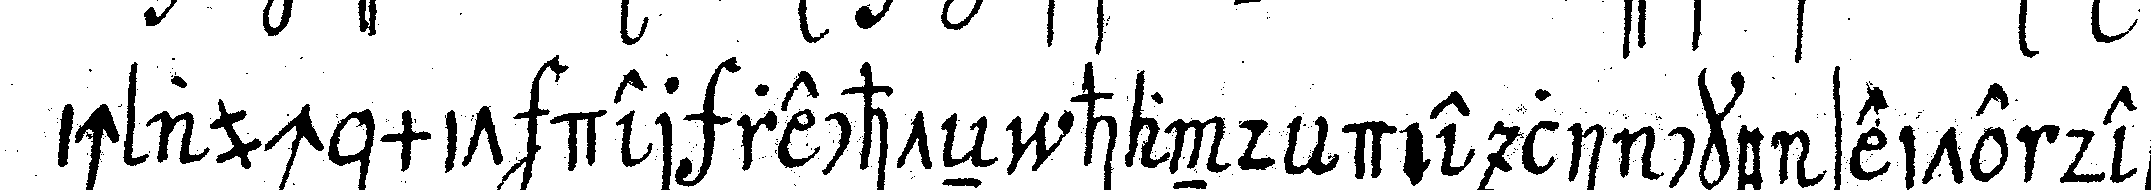
ich auch mit der rechteN hand die lincke seite des